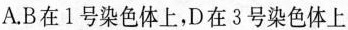
A.B在1号染色体上，D在3号染色体上